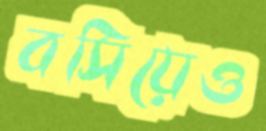
বসিয়েও